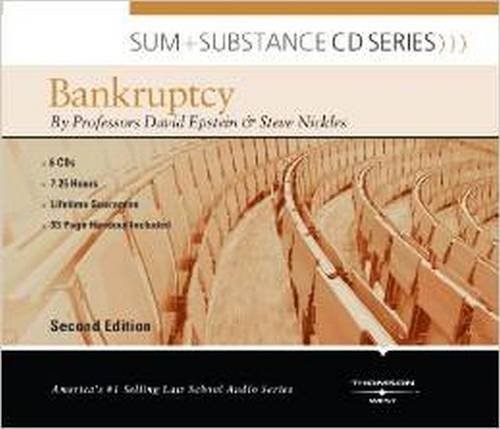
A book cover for Sum and Substance Audio on Bankruptcy; David Epstein; Law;